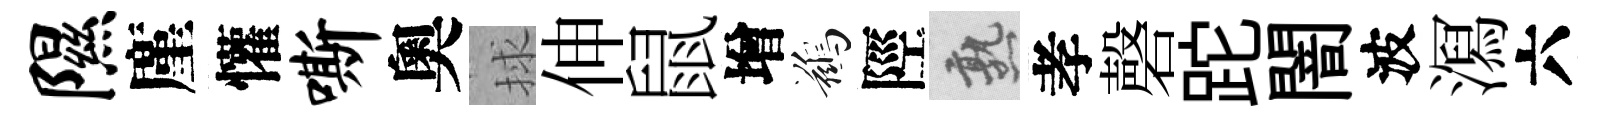
隰廑懽嘶奧捄伸鼠增鷀陘熟孝磬跎闇波㵼六